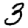
Digit: 3